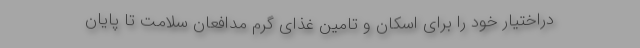
دراختیار خود را برای اسکان و تامین غذای گرم مدافعان سلامت تا پایان